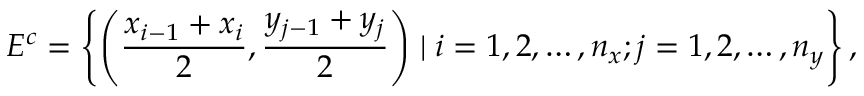
E ^ { c } = \left\{ \left( \frac { x _ { i - 1 } + x _ { i } } { 2 } , \frac { y _ { j - 1 } + y _ { j } } { 2 } \right) \mid i = 1 , 2 , \ldots , n _ { x } ; j = 1 , 2 , \ldots , n _ { y } \right\} ,